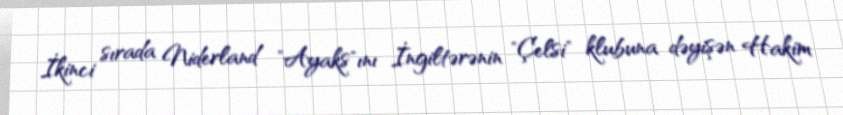
İkinci sırada Niderland "Ayaks"ını İngiltərənin "Çelsi" klubuna dəyişən Hakim